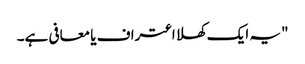
"یہ ایک کھلا اعتراف یا معافی ہے۔